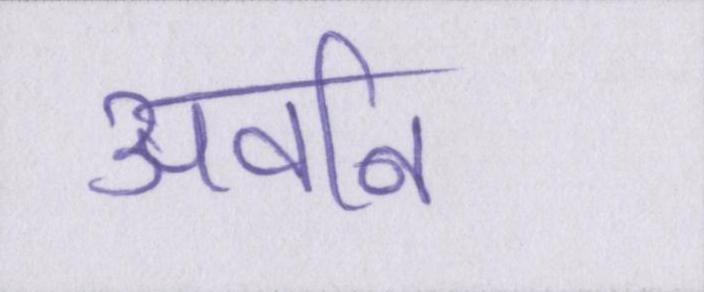
अवनि